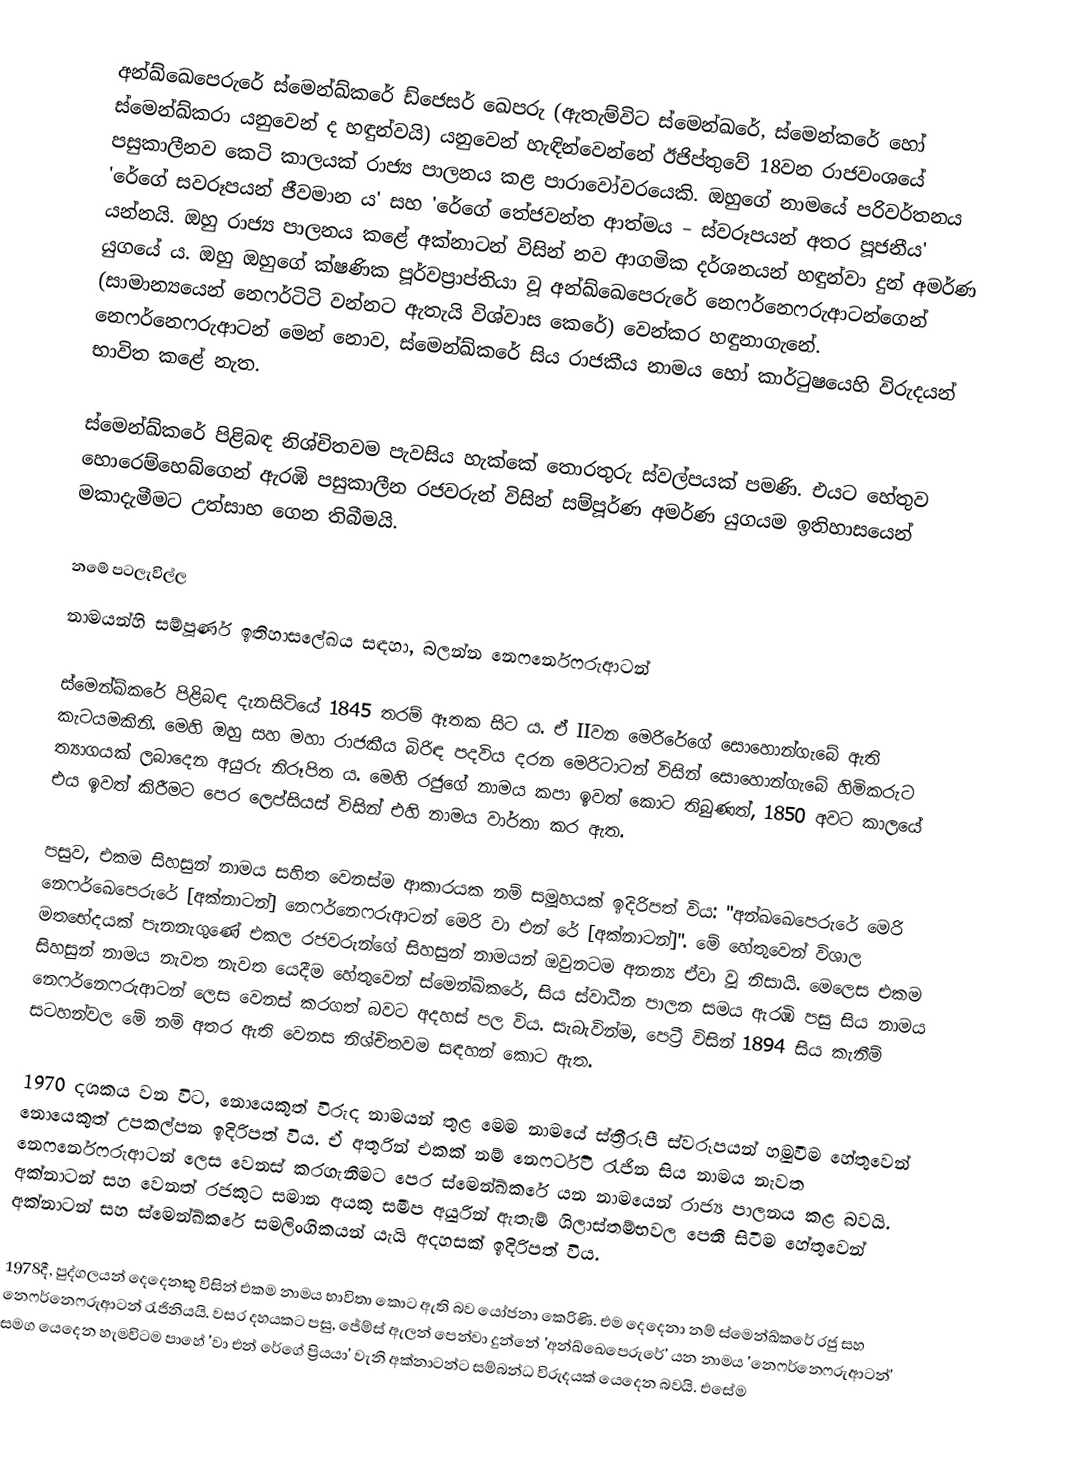
අන්ඛ්ඛෙපෙරුරේ ස්මෙන්ඛ්කරේ ඩ්ජෙසර් ඛෙපරු (ඇතැම්විට ස්මෙන්ඛරේ, ස්මෙන්කරේ හෝ ස්මෙන්ඛ්කරා යනුවෙන් ද හඳුන්වයි) යනුවෙන් හැඳින්වෙන්නේ ඊජිප්තුවේ 18වන රාජවංශයේ පසුකාලීනව කෙටි කාලයක් රාජ්‍ය පාලනය කළ පාරාවෝවරයෙකි. ඔහුගේ නාමයේ පරිවර්තනය 'රේගේ සවරූපයන් ජීවමාන ය' සහ 'රේගේ තේජවන්ත ආත්මය – ස්වරූපයන් අතර පූජනීය' යන්නයි. ඔහු රාජ්‍ය පාලනය කළේ අක්නාටන් විසින් නව ආගමික දර්ශනයන් හඳුන්වා දුන් අමර්ණ යුගයේ ය. ඔහු ඔහුගේ ක්ෂණික පූර්වප්‍රාප්තියා වූ අන්ඛ්ඛෙපෙරුරේ නෙෆර්නෙෆරුආටන්ගෙන් (සාමාන්‍යයෙන් නෙෆර්ටිටි වන්නට ඇතැයි විශ්වාස කෙරේ) වෙන්කර හඳුනාගැනේ. නෙෆර්නෙෆරුආටන් මෙන් නොව, ස්මෙන්ඛ්කරේ සිය රාජකීය නාමය හෝ කාර්ටුෂයෙහි විරුදයන් භාවිත කළේ නැත.

ස්මෙන්ඛ්කරේ පිළිබඳ නිශ්චිතවම පැවසිය හැක්කේ තොරතුරු ස්වල්පයක් පමණි. එයට හේතුව හොරෙම්හෙබ්ගෙන් ඇරඹි පසුකාලීන රජවරුන් විසින් සම්පූර්ණ අමර්ණ යුගයම ඉතිහාසයෙන් මකාදැමීමට උත්සාහ ගෙන තිබීමයි.

නමේ පටලැවිල්ල
නාමයන්හි සම්පූර්ණ ඉතිහාසලේඛය සඳහා, බලන්න නෙෆර්නෙෆරුආටන්

ස්මෙන්ඛ්කරේ පිළිබඳ දැනසිටියේ 1845 තරම් ඈතක සිට ය. ඒ IIවන මෙරිරේගේ සොහොන්ගැබේ ඇති කැටයමකිනි. මෙහි ඔහු සහ මහා රාජකීය බිරිඳ පදවිය දරන මෙරිටාටන් විසින් සොහොන්ගැබේ හිමිකරුට ත්‍යාගයක් ලබාදෙන අයුරු නිරූපිත ය. මෙහි රජුගේ නාමය කපා ඉවත් කොට තිබුණත්, 1850 අවට කාලයේ එය ඉවත් ‍කිරීමට පෙර ලෙප්සියස් විසින් එහි නාමය වාර්තා කර ඇත.

පසුව, එකම සිහසුන් නාමය සහිත වෙනස්ම ආකාරයක නම් සමූහයක් ඉදිරිපත් විය: "අන්ඛඛෙපෙරුරේ මෙරි නෙෆර්ඛෙපෙරුරේ [අක්නාටන්] නෙෆර්නෙෆරුආටන් මෙරි වා එන් රේ [අක්නාටන්]". මේ හේතුවෙන් විශාල මතභේදයක් පැනනැගුණේ එකල රජවරුන්ගේ සිහසුන් නාමයන් ඔවුනටම අනන්‍ය ඒවා වූ නිසායි. මෙලෙස එකම සිහසුන් නාමය නැවත නැවත යෙදීම හේතුවෙන් ස්මෙන්ඛ්කරේ, සිය ස්වාධීන පාලන සමය ඇරඹි පසු සිය නාමය නෙෆර්නෙෆරුආටන් ලෙස වෙනස් කරගත් බවට අදහස් පල විය. සැබැවින්ම, පෙට්‍රී විසින් 1894 සිය කැනීම් සටහන්වල මේ නම් අතර ඇති වෙනස නිශ්චිතවම සඳහන් කොට ඇත.

1970 දශකය වන විට, නොයෙකුත් විරුද නාමයන් තුළ මෙම නාමයේ ස්ත්‍රීරූපී ස්වරූපයන් හමුවීම හේතුවෙන් නොයෙකුත් උපකල්පන ඉදිරිපත් විය. ඒ අතුරින් එකක් නම් නෙෆර්ටිටි රැජින සිය නාමය නැවත නෙෆර්නෙෆරුආටන් ලෙස වෙනස් කරගැනීමට පෙර ස්මෙන්ඛ්කරේ යන නාමයෙන් රාජ්‍ය පාලනය කළ බවයි. අක්නාටන් සහ වෙනත් රජකුට සමාන අයකු සමීප අයුරින් ඇතැම් ශිලාස්තම්භවල පෙනී සිටීම හේතුවෙන් අක්නාටන් සහ ස්මෙන්ඛ්කරේ සමලිංගිකයන් යැයි අදහසක් ඉදිරිපත් විය‍.

1978දී, පුද්ගලයන් දෙදෙනකු විසින් එකම නාමය භාවිතා කොට ඇති බව යෝජනා කෙරිණි. එම දෙදෙනා නම් ස්මෙන්ඛ්කරේ රජු සහ නෙෆර්නෙෆරුආටන් රැජිනියයි. වසර දහයකට පසු, ජේම්ස් ඇලන් පෙන්වා දුන්නේ 'අන්ඛ්ඛෙපෙරුරේ' යන නාමය 'නෙෆර්නෙෆරුආටන්' සමග යෙදෙන හැමවිටම පාහේ 'වා එන් රේගේ ප්‍රියයා' වැනි අක්නාටන්ට සම්බන්ධ විරුදයක් යෙදෙන බවයි. එසේම